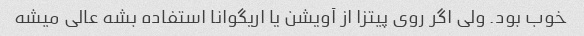
خوب بود. ولی اگر روی پیتزا از آویشن یا اریگوانا استفاده بشه عالی میشه